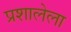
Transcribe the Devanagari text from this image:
प्रशालेला